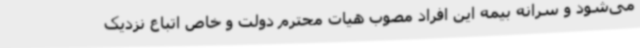
می‌شود و سرانه بیمه این افراد مصوب هیات محترم دولت و خاص اتباع نزدیک